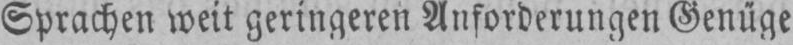
Sprachen weit geringeren Anforderungen Genüge